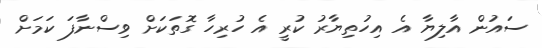
ސައުން އާލިޔާ އެ އިހުތިޔާރު ކުރީ އެ ހުރިހާ ގޮތަކަށް ވިސްނާފަ ކަމަށް